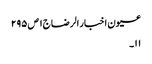
عیون اخبار الرضا ج١ ص ٢٩٥
١١۔